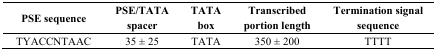
<table><thead><tr><td><b>PSE sequence</b></td><td><b>PSE/TATA spacer</b></td><td><b>TATA box</b></td><td><b>Transcribed portion length</b></td><td><b>Termination signal sequence</b></td></tr></thead><tbody><tr><td>TYACCNTAAC</td><td>35 ± 25</td><td>TATA</td><td>350 ± 200</td><td>TTTT</td></tr></tbody></table>